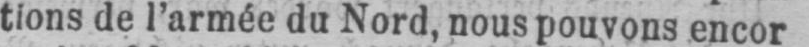
tions de l’armée du Nord, nous pouvons encor